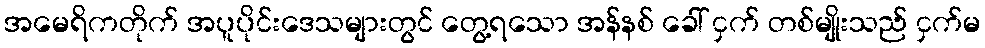
အမေရိကတိုက် အပူပိုင်းဒေသများတွင် တွေ့ရသော အန်နစ် ခေါ် ငှက် တစ်မျိုးသည် ငှက်မ